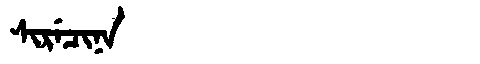
Manchu: ᠰᡳᡵᡝᠴᡳᠨᠠ
Romanization: SIRECINA